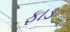
ફાડ